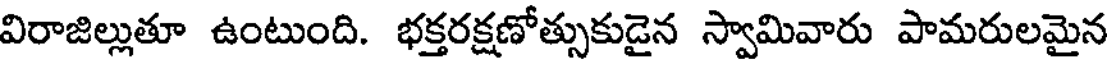
విరాజిల్లుతూ ఉంటుంది. భక్తరక్షణోత్సుకుడైన స్వామివారు పామరులమైన